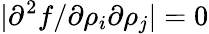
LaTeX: |\partial^{2}f/\partial\rho_{i}\partial\rho_{j}|=0